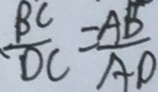
\frac { B C } { D C } = \frac { A B } { A D }